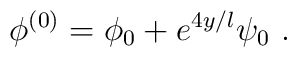
\phi^{(0)} = \phi_0 + e^{4 y/l} \psi_0 \ .